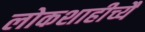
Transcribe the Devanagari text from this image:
लोकशाहीच्यै